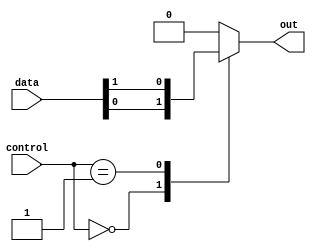
module multiplexer_1024to1 (
    input [1023:0] data,
    input [9:0] control,
    output reg out
    );

always @(*)
    begin
        case(control)
            10'b0000000000 : out = data[0];
            10'b0000000001 : out = data[1];
            // add cases for each input line up to 10'b1111111111
            default : out = 1'b0; // output 0 if control signal does not match any input
        endcase
    end

endmodule